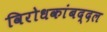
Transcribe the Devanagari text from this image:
विरोधकांबद्दल